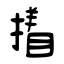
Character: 撯